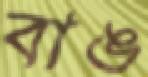
বাঙ